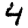
Digit: 4